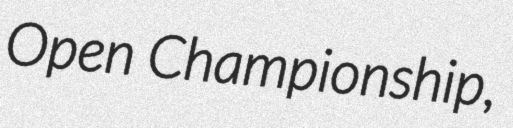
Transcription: Open Championship,